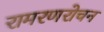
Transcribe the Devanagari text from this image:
रामरणरोचन